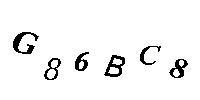
G86BC8